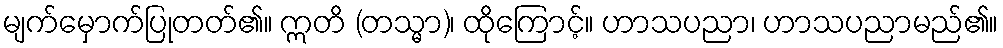
မျက်မှောက်ပြုတတ်၏။ ဣတိ (တသ္မာ)၊ ထိုကြောင့်။ ဟာသပညာ၊ ဟာသပညာမည်၏။